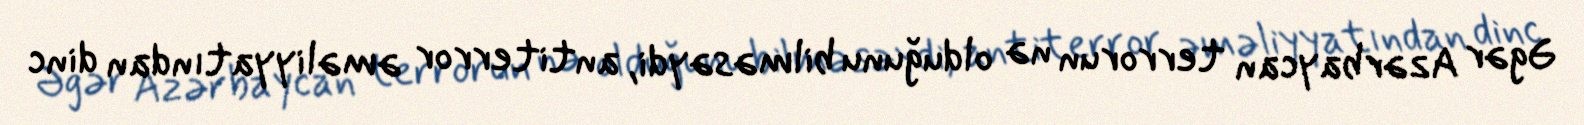
Əgər Azərbaycan terrorun nə olduğunu bilməsəydi, antiterror əməliyyatından dinc